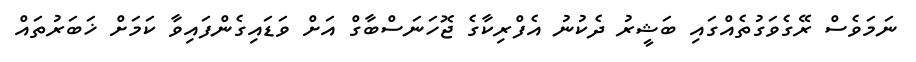
ނަމަވެސް ރޭގެވަގުތެއްގައި ބަޝީރު ދެކުނު އެފްރިކާގެ ޖޮހަނަސްބާގް އަށް ވަޑައިގެންފައިވާ ކަމަށް ޚަބަރުތައް